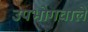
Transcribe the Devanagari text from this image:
उपभोगवाले